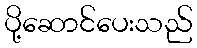
ပို့ဆောင်ပေးသည်